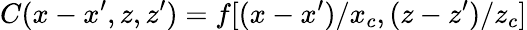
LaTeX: C(x-x^{\prime},z,z^{\prime})=f[(x-x^{\prime})/x_{c},(z-z^{\prime})/z_{c}]